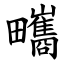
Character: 㽯